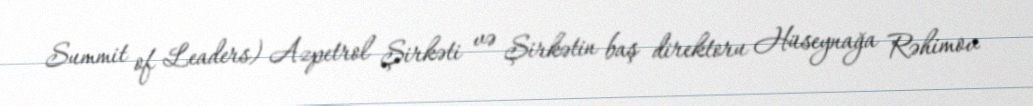
Summit of Leaders) Azpetrol Şirkəti və Şirkətin baş direktoru Hüseynağa Rəhimov